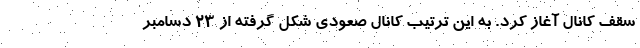
سقف کانال آغاز کرد. به این ترتیب کانال صعودی شکل گرفته از ۲۳ دسامبر